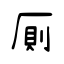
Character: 厠